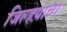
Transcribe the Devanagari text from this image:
जिल्हय़ाचा